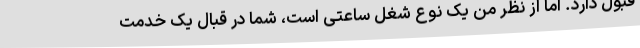
قبول دارد. اما از نظر من یک نوع شغل ساعتی است، شما در قبال یک خدمت